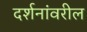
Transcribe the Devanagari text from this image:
दर्शनांवरील